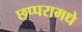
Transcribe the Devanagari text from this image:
छप्परामधे